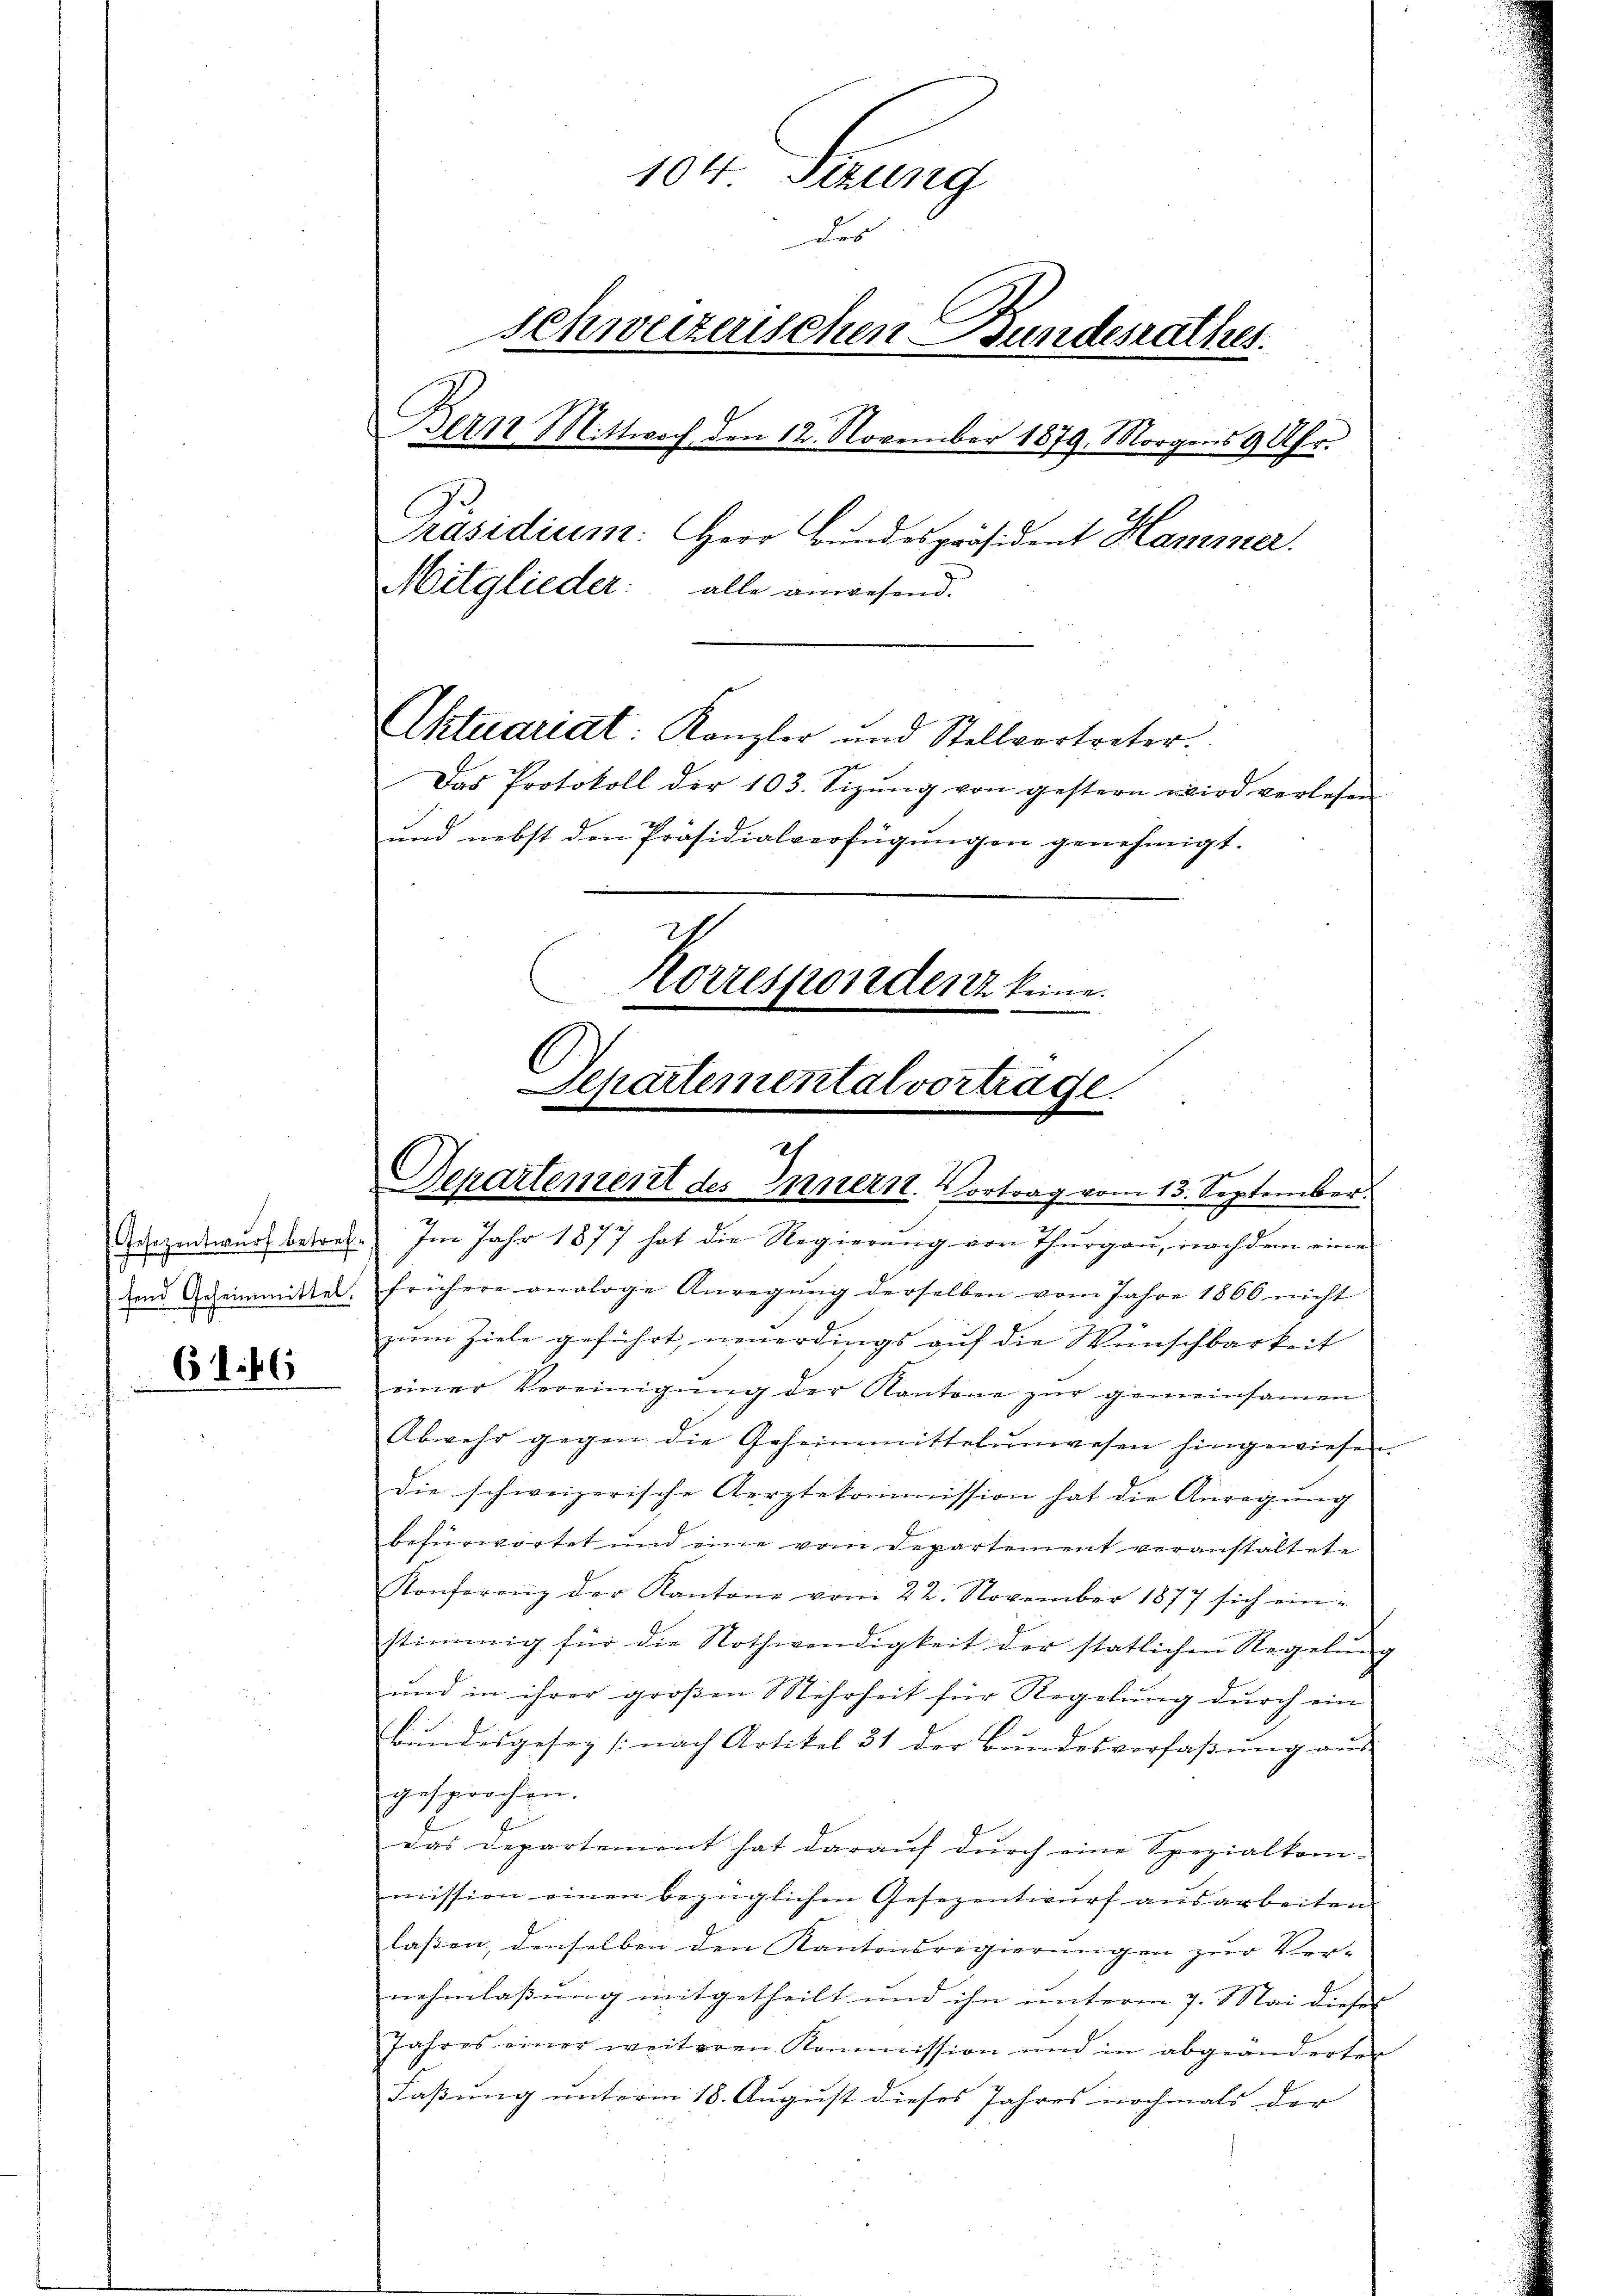
17

6166

ch
Departement des Innern. Vortrag vom 13. September.

104
Saurig
des
schweizerischen Bundesrathes.
Bern Mittwoch den 12. November 1879. Morgens 9 Uhr.
Präsidium: Herr Bundespräsident Hammer.
Mitglieder: alle anwesend.
Aktuariat: Kanzler und Stellvertreter.
Das Protokoll der 103. Sizŭng von gestern wird verlesen
und nebst den Präsidialverfügungen genehmigt.
Korrespondenz keine
Separtemental vortrage

Adozentwurf betref. Im Jahr 1877 hat die Regierung von Thurgau, nachdem eine
dem Geheimmittel. Frühere analoge Anregŭng derselben vom Jahre 1866 nicht
zŭm Ziele geführt, neuerdings aŭf die Wünschbarkeit
einer Vereinigŭng der Kantone zŭr gemeinsamen
Abwehr gegen die Geheimmittelungesen hingewiesen.
die schweizerische Aerztekommission hat die Anregung
befürwortet und eine vom Departement veranstaltete
Konferenz der Kantone vom 22. November 1877 sich einstimmig für die Nothwendigkeit der statlichen Regelŭng
und in ihrer großen Mehrheit für Regelung durch ein
Bundesgesez (nach Artikel 31 der Bŭndesverfaβŭng aŭs
gesprochen.
Das Departement hat darauf durch eine Spezialkom-
mission einen bezüglichen Gesezentwurf ausarbeiten
laßen, denselben den Kantonsregierungen zur Vernehmlassung mitgetheilt und ihn unterm 7. Mai dieses
Jahres einer weiteren Kommission und in abgeänderten
Faßung unterm 18. August dieses Jahres nochmals der